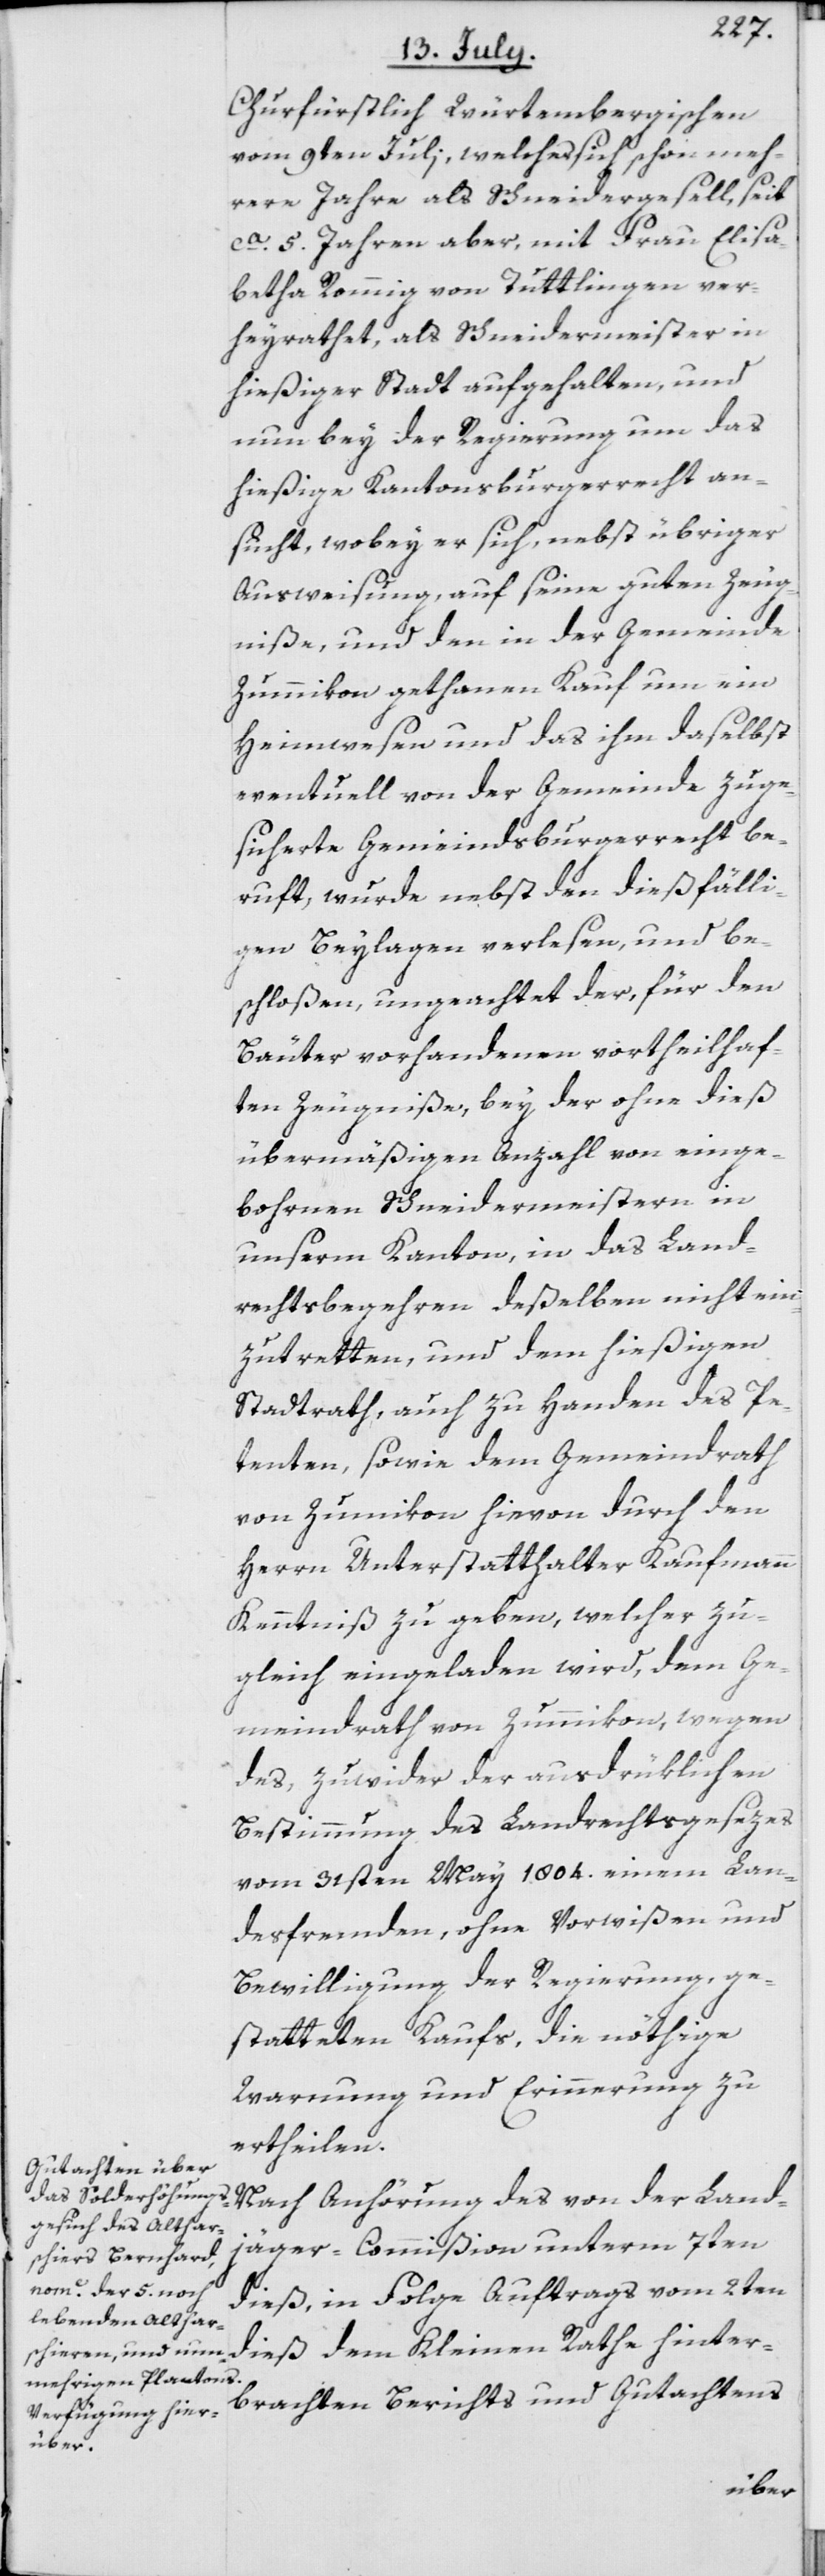
Churfürstlich Würtembergischen
vom 9ten Juli, welcher sich schon meh¬
rere Jahre als Schneidergesell, seit
ca. 5. Jahren aber, mit Frau Elisa¬
betha Rommig von Tuttlingen ver¬
heyrathet, als Schneidermeister in
hießiger Stadt aufgehalten, und
nun bey der Regierung um das
hießige Kantonsburgerrecht an¬
sucht, wobey er sich, nebst übriger
Ausweisung, auf seine guten Zeug¬
niße, und den in der Gemeinde
Zummikon gethanen Kauf um ein
Heimwesen und das ihm daselbst
eventuell von der Gemeinde zuge¬
sicherte Gemeindsburgerrecht be¬
ruft, wurde nebst den dießfälli¬
gen Beylagen verlesen, und be¬
schloßen, ungeachtet der, für den
Bäuter vorhandenen vortheilhaf¬
ten Zeugniße, bey der ohne dieß
übermäßigen Anzahl von einge¬
bohrnen Schneidermeistern in
unserm Kanton, in das Land¬
rechtsbegehren deßelben nicht ein¬
zutretten, und dem hießigen
Stadtrath, auch zu Handen des Pe¬
tenten, sowie dem Gemeindrath
von Zumikon hievon durch den
Herrn Unterstatthalter Kaufmann
Kenntniß zu geben, welcher zu¬
gleich eingeladen wird, dem Ge¬
meindrath von Zummikon, wegen
des, zuwider der ausdrüklichen
Bestimmung des Landrechtsgesezes
vom 31sten May 1804. einem Lan¬
desfremden, ohne Vorwißen und
Bewilligung der Regierung, ge¬
statteten Kaufs, die nöthige
Warnung und Erinnerung zu
ertheilen.
Nach Anhörung des von der Land¬
jäger-Commißion unterm 7ten
dieß, in Folge Auftrags vom 2ten
dieß dem Kleinen Rathe hinter¬
brachten Berichts und Gutachtens